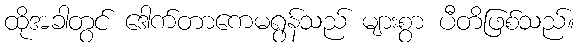
ထိုအခါတွင် ဒေါက်တာကေမရွန်သည် များစွာ ပီတိဖြစ်သည်။